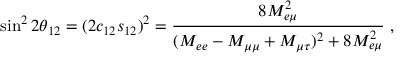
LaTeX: \sin ^ { 2 } 2 \theta _ { 1 2 } = ( 2 c _ { 1 2 } s _ { 1 2 } ) ^ { 2 } = \frac { 8 M _ { e \mu } ^ { 2 } } { ( M _ { e e } - M _ { \mu \mu } + M _ { \mu \tau } ) ^ { 2 } + 8 M _ { e \mu } ^ { 2 } } \; ,